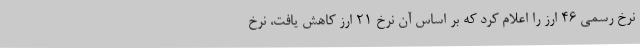
نرخ رسمی ۴۶ ارز را اعلام کرد که بر اساس آن نرخ ۲۱ ارز کاهش یافت، نرخ